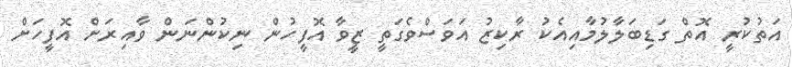
އަތުކުރީ އޮތް ގަޑިބަލާލުމާއިއެކު ރާކިޒު އަވަސްވެގަތީ ޒީވާ އޮފީހުން ނިކުންނަން ވާއިރަށް އޮފީހަށް